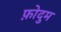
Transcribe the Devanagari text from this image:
फ़ोदुम